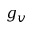
g _ { v }